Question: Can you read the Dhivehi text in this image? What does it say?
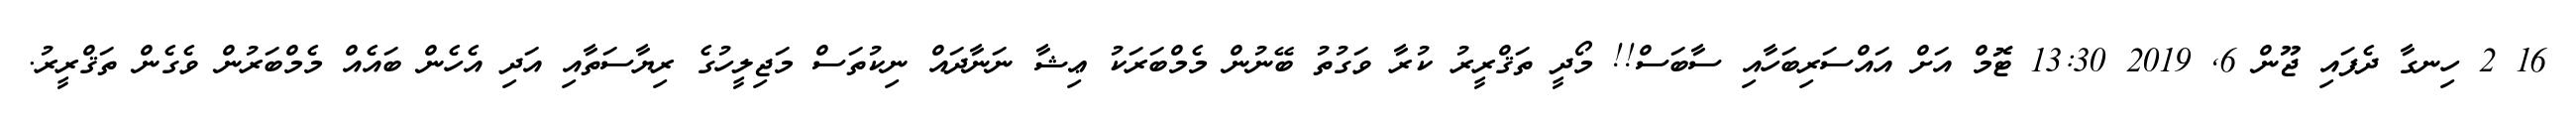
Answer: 16 2 ހިނގާ ދެފައި ޖޫން 6, 2019 13:30 ޓޮމް އަށް އައްސަރިބަހާއި ސާބަސް!! މޯދީ ތަޤްރީރު ކުރާ ވަގުތު ބޭނުން މެމްބަރަކު ޢިޝާ ނަނާދައް ނިކުތަސް މަޖިލީހުގެ ރިޔާސަތާއި އަދި އެހެން ބައެއް މެމްބަރުން ވެގެން ތަޤްރީރު.